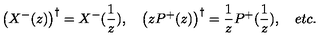
\left( X ^ { - } ( z ) \right) ^ { \dagger } = X ^ { - } ( \frac 1 z ) , \quad \left( z P ^ { + } ( z ) \right) ^ { \dagger } = \frac 1 z P ^ { + } ( \frac 1 z ) , \quad e t c .